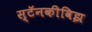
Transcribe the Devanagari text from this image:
स्टॅनकीविझ